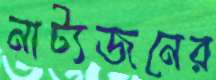
নাট্যজনের